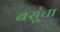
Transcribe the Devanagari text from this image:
बसूंचा